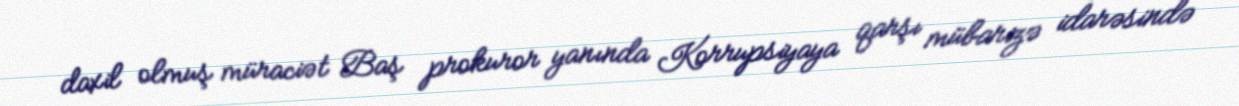
daxil olmuş müraciət Baş prokuror yanında Korrupsiyaya qarşı mübarizə idarəsində